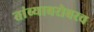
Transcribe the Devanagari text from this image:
तांब्याबरोबरच